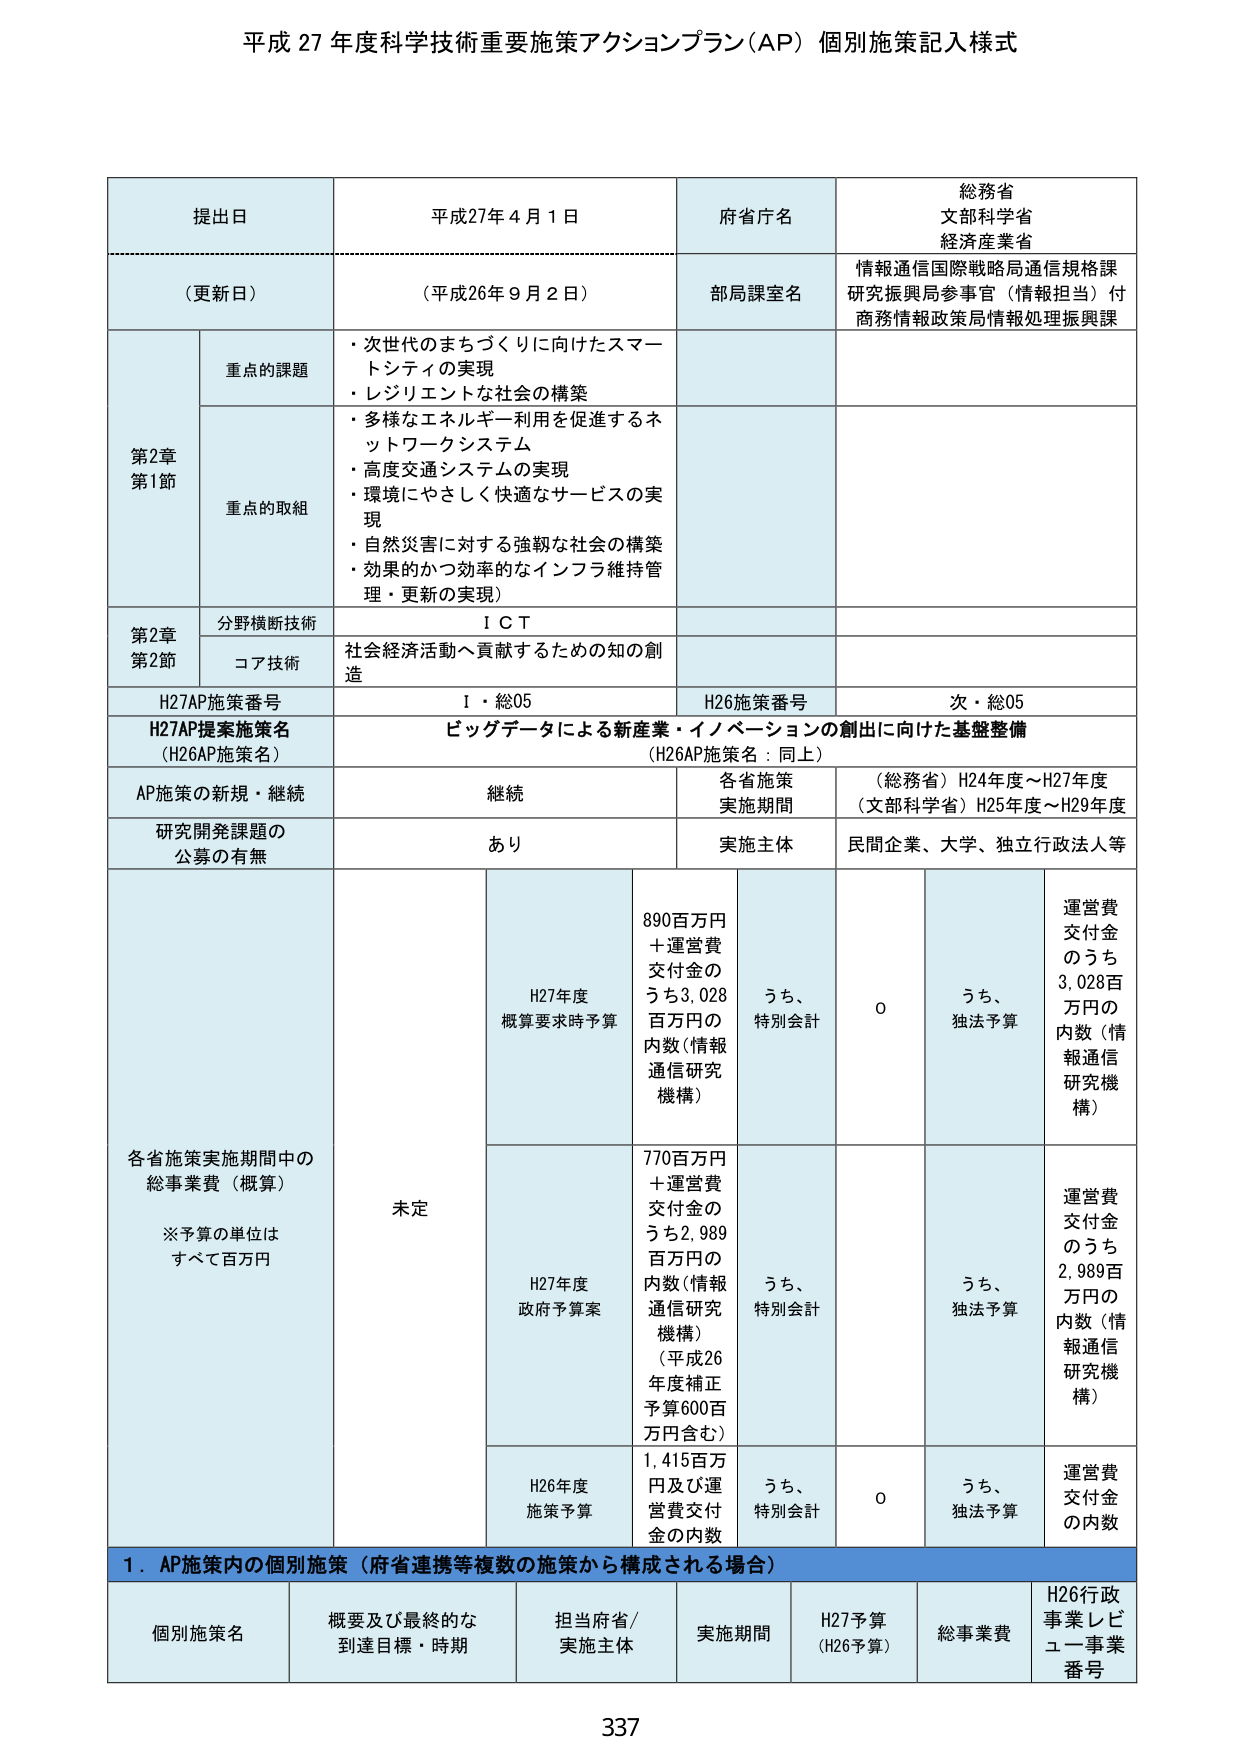
平成 27 年度科学技術重要施策アクションプラン（AP）個別施策記入様式

提出日 平成27年4月1日
（更新日） （平成26年9月2日）
府省庁名 総務省
文部科学省
経済産業省
部局課室名 情報通信国際戦略局通信規格課
研究振興局参事官（情報担当）付
商務情報政策局情報処理振興課

第2章
第1節
重点の課題
・次世代のまちづくりに向けたスマートシティの実現
・レジリエントな社会の構築
重点の取組
・多様なエネルギー利用を促進するネットワークシステムの実現
・高度交通システムの実現
・環境にやさしく快適なサービスの実現
・自然災害に対する強靭な社会の構築
・効果的かつ効率的なインフラ維持管理・更新の実現）

第2章
第2節
分野横断技術 ＩＣＴ
コア技術 社会経済活動へ貢献するための知の創造

H27AP施策番号 Ｉ・総05
H26施策番号 次・総05
H27AP提案施策名（H26AP施策名） ビッグデータによる新産業・イノベーションの創出に向けた基盤整備
（H26AP施策名：同上）

AP施策の新規・継続 継続
各省施策実施期間 （総務省）H24年度～H27年度
（文部科学省）H25年度～H29年度
研究開発課題の公募の有無 あり
実施主体 民間企業、大学、独立行政法人等

各省施策実施期間中の総事業費（概算）
※予算の単位はすべて百万円
未定
H27年度概算要求時予算 890百万円＋運営費交付金のうち3,028百万円の内数（情報通信研究機構）
うち、特別会計 0
うち、独法予算 運営費交付金のうち3,028百万円の内数（情報通信研究機構）

H27年度政府予算案 770百万円＋運営費交付金のうち2,989百万円の内数（情報通信研究機構）（平成26年度補正予算600百万円含む）
うち、特別会計
うち、独法予算 運営費交付金のうち2,989百万円の内数（情報通信研究機構）

H26年度施策予算 1,415百万円及び運営費交付金の内数
うち、特別会計 0
うち、独法予算 運営費交付金の内数

１．AP施策内の個別施策（府省連携等複数の施策から構成される場合）
個別施策名 概要及び最終的な到達目標・時期 担当府省/実施主体 実施期間 H27予算（H26予算） 総事業費 H26行政事業レビュー事業番号

337